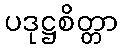
ပဒုဋ္ဌစိတ္တာ